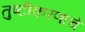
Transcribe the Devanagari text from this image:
तुष्टीकरणाचे